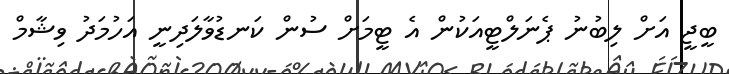
ބީޖީ އަށް ލިބުނު ޕެނަލްޓީއަކުން އެ ޓީމަށް ސުން ކަނޑުވާލަދިނީ އަހުމަދު ވިޝާމް